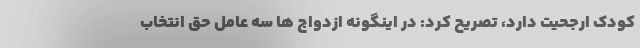
کودک ارجحیت دارد، تصریح کرد: در اینگونه ازدواج ها سه عامل حق انتخاب